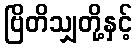
ဗြိတိသျှတို့နှင့်